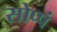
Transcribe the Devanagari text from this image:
सोप्पं